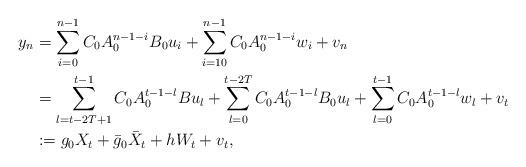
LaTeX: \begin{align*} y_n &= \sum \limits_{i=0}^{n-1} C_0A_0^{n-1-i}B_0u_i + \sum \limits_{i=1 0}^{n-1} C_0A_0^{n-1-i}w_i + v_{n} \\ &= \sum \limits_{l=t-2T+1}^{t-1} C_0A_0^{t-1-l}Bu_l + \sum \limits_{l=0}^{t-2T} C_0A_0^{t-1-l}B_0u_l +\sum \limits_{l=0}^{t-1} C_0A_0^{t-1-l}w_l + v_{t} \\ &:= g_0X_t + \bar{g}_0 \bar{X}_t + hW_t + v_t, \end{align*}